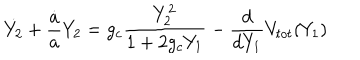
\dot { Y _ { 2 } } + { \frac { \dot { a } } { a } } { Y _ { 2 } } = g _ { c } { \frac { Y _ { 2 } ^ { 2 } } { 1 + 2 g _ { c } Y _ { 1 } } } - { \frac { d } { d Y _ { 1 } } } V _ { t o t } ( Y _ { 1 } )